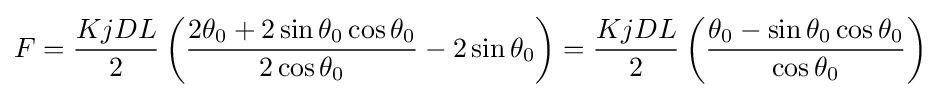
F={\frac {KjDL}{2}}\left({\frac {2\theta _{0}+2\sin \theta _{0}\cos \theta _{0}}{2\cos \theta _{0}}}-2\sin \theta _{0}\right)={\frac {KjDL}{2}}\left({\frac {\theta _{0}-\sin \theta _{0}\cos \theta _{0}}{\cos \theta _{0}}}\right)